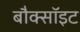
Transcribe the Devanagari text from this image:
बौक्सॉइट